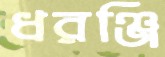
ধরঞ্জি